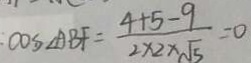
: \cos \angle A B F = \frac { 4 + 5 - 9 } { 2 \times 2 \times \sqrt { 5 } } = 0